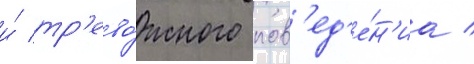
и́ тр'ево́жного пов'ед'е́н'иа /